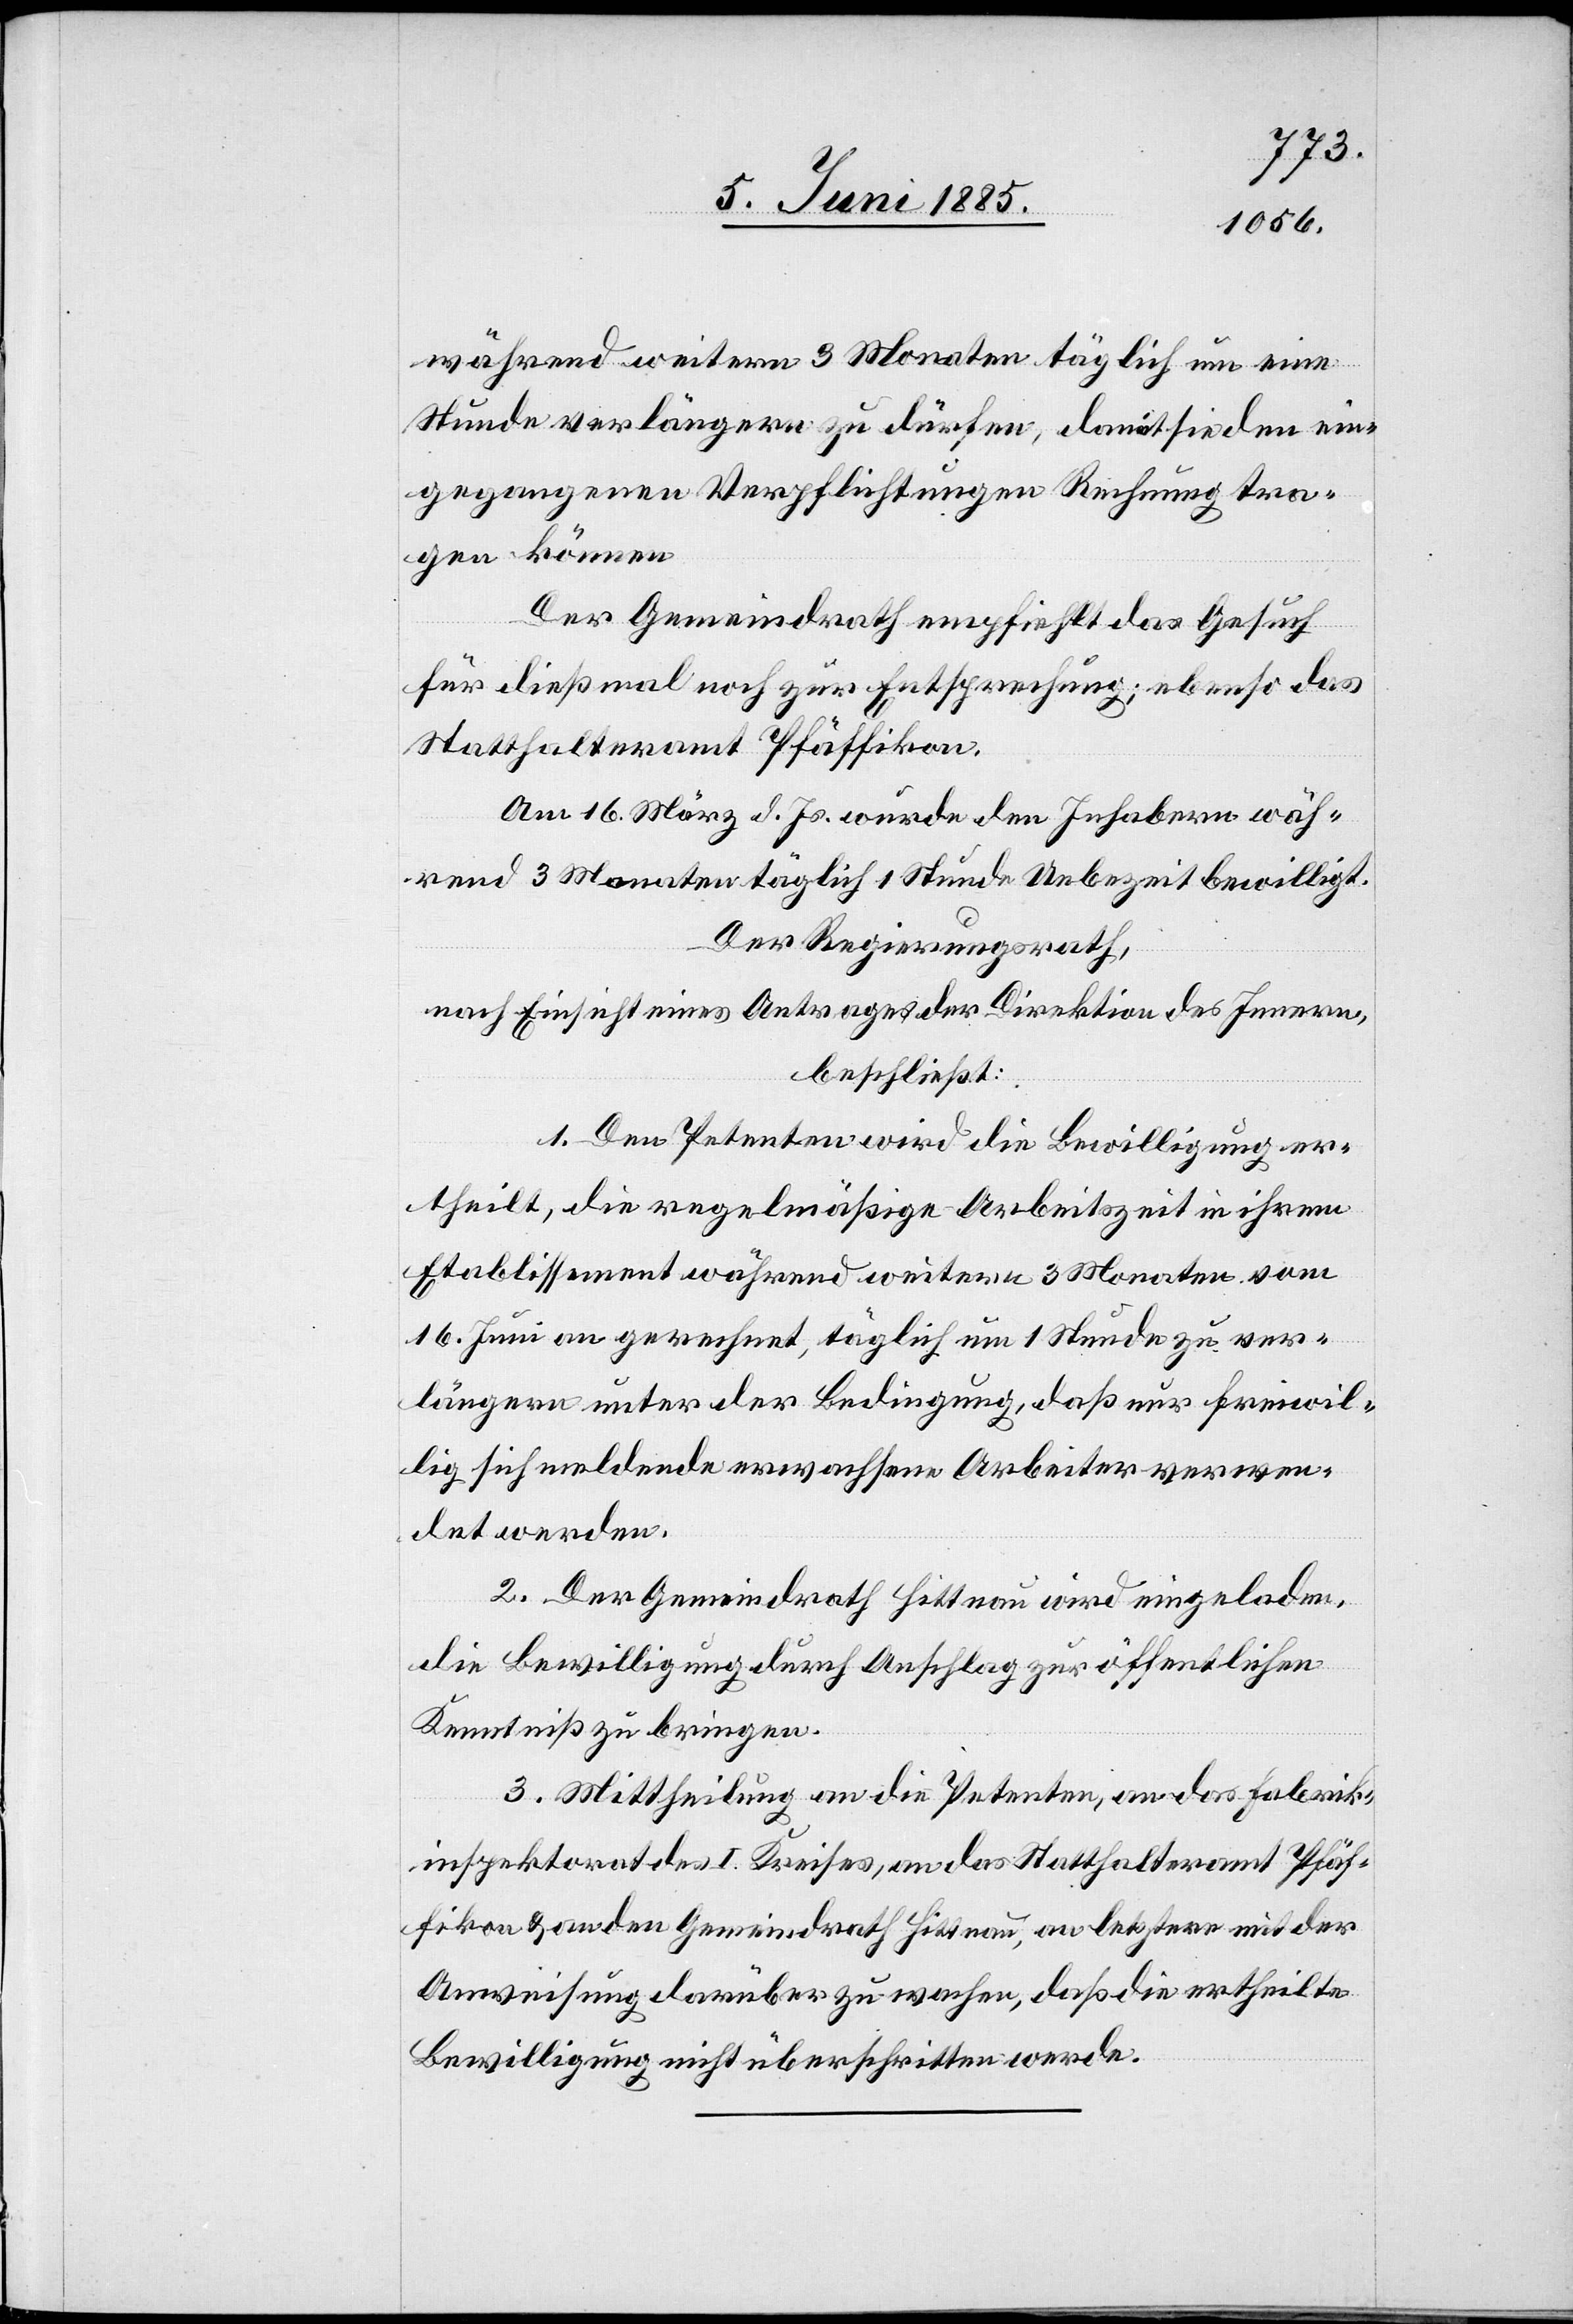
während weitern 3 Monaten täglich um eine
Stunde verlängern zu dürfen, damit sie den ein¬
gegangenen Verpflichtungen Rechnung tra¬
gen können.
Der Gemeindrath empfiehlt das Gesuch
für dießmal noch zur Entsprechung; ebenso das
Statthalteramt Pfäffikon.
Am 16. März d. Js. wurde den Inhabern wäh¬
rend 3 Monaten täglich 1 Stunde Ueberzeit bewilligt.
Der Regierungsrath,
nach Einsicht eines Antrages der Direktion des Innern,
beschließt:
1. Den Petenten wird die Bewilligung er¬
theilt, die regelmäßige Arbeitszeit in ihrem
Etablissement während weitern 3 Monaten vom
16. Juni an gerechnet, täglich um 1 Stunde zu ver¬
längern unter der Bedingung, daß nur freiwil¬
lig sich meldende erwachsene Arbeiter verwen¬
det werden.
2. Der Gemeindrath Hittnau wird eingeladen,
die Bewilligung durch Anschlag zur öffentlichen
Kenntniß zu bringen.
3. Mittheilung an die Petenten, an das Fabrik¬
inspektorat des I. Kreises, an das Statthalteramt Pfäf¬
fikon & an den Gemeindrath Hittnau, an letztere mit der
Anweisung darüber zu wachen, daß die ertheilte
Bewilligung nicht überschritten werde.